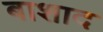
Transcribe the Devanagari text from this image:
बाशाद